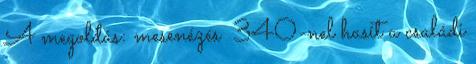
A megoldás: mesenézés 340-nel hasít a családi